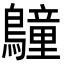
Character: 𪆏